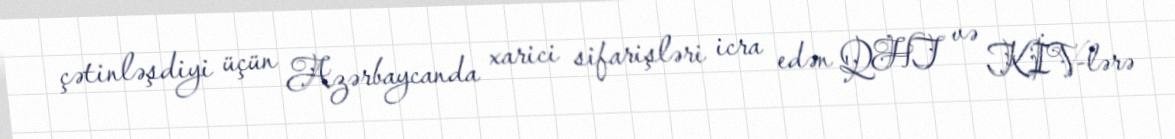
çətinləşdiyi üçün Azərbaycanda xarici sifarişləri icra edən QHT və KİV-lərə